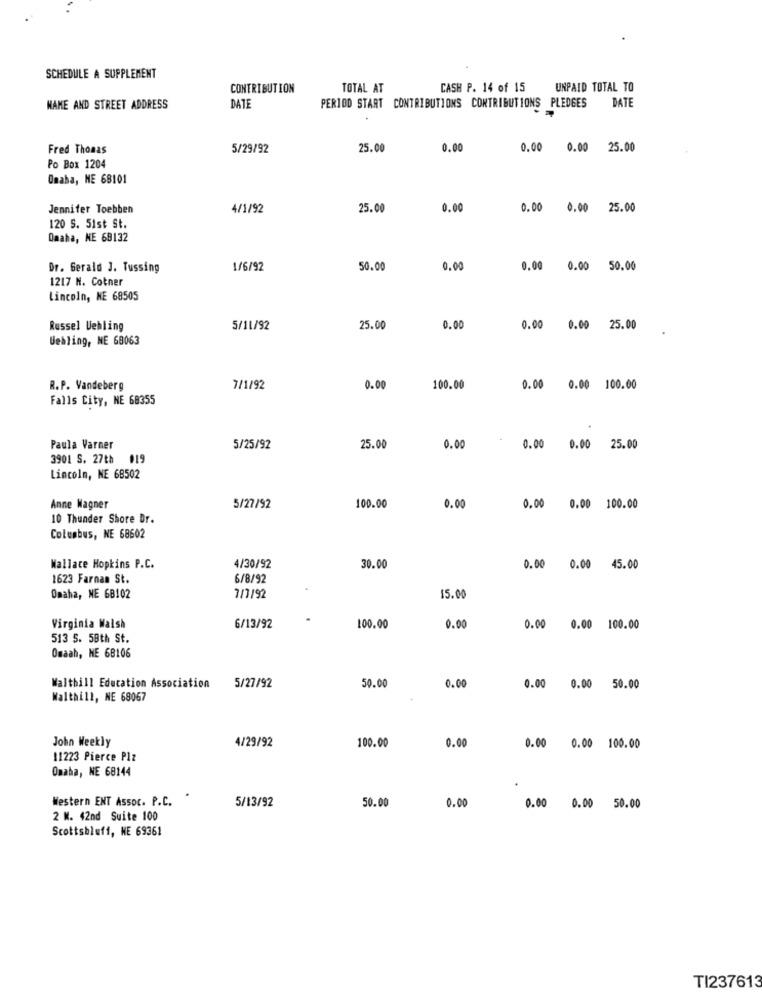
SCHEDULE A SUPPLEMENT
CONTRIBUTION
TOTAL AT
CASH P. 14 of 15
UNPAID TOTAL TO
DATE
NAME AND STREET ADDRESS
DATE
PERIOD START CONTRIBUTIONS CONTRIBUTIONS PLEDGES
Fred Thomas
5/29/92
25.00
0.00
0.00 0.00 25.00
Po Box 1204
Omaha, ME 68101
Jennifer Toebben
4/1/92
25.00
0.0
0.00 0.00 25.00
120 S. 5ist St.
Omaha, NE 68132
Dr. Gerald J. Tussing
1/6/92
50.00
0.00
0.00 0.00 50.00
1217 H. Cotner
Lincoln, NE 68505
Russel Uehling
5/11/92
25.00
0.00
0.00 0.00 25.00
Wehling, NE 68063
R.P. Vandeberg
7/1/92
0.00
100.00
0.00 0.00 100.00
Falls City, NE 68355
Paula Varner
5/25/92
25.00
0.00
0.00
0.00
25.00
3901 S. 27th #19
Lincoln, NE 68502
Anne Wagner
5/27/92
100.00
0.00
0.00 0.00 100.00
10 Thunder Shore Dr.
Columbus, NE 68602
Wallace Hopkins P.C.
4/30/92
30.00
0.00 0.00 45.00
1623 Farnan St.
6/8/92
Omaha, NE 68102
7/7/92
15.00
Virginia Walsh
6/13/92
100.00
0.00
0.00 0.00 100.00
513 5. 58th St.
Omaah, NE 68106
Walthill Education Association
5/27/92
50.00
0.00
0.00 0.00 50.00
Walthill, NE 68067
John Weekly
4/29/92
100.00
0.00
0.00 0.00 100.00
11223 Pierce Plz
Omaha, NE 68144
Western ENT Assoc. P.C.
.
5/13/92
50.00
0.00
0.00 0.00 50.00
2 M. 42nd Suite 100
Scottsbluff, NE 69361
TI237613